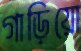
গাড়িয়ো